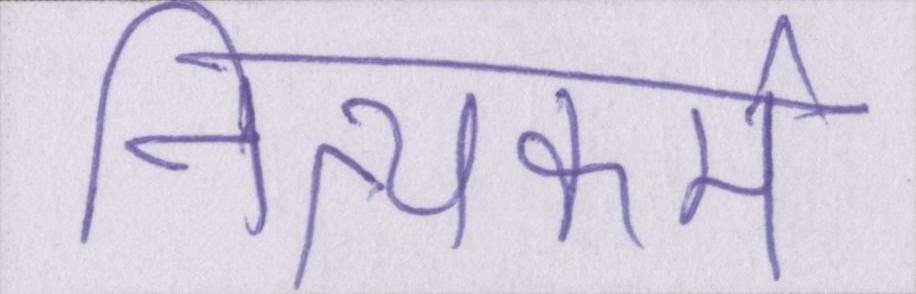
नित्यकर्म